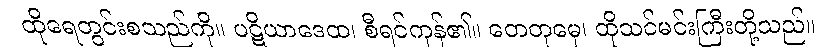
ထိုရေတွင်းစသည်ကို။ ပဋိယာဒေထ၊ စီရင်ကုန်၏။ တေတုမှေ၊ ထိုသင်မင်းကြီးတို့သည်။